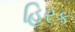
હિરક